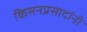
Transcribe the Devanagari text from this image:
किसनप्रसादांनी